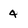
Character: 4